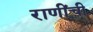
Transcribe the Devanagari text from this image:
राणींची